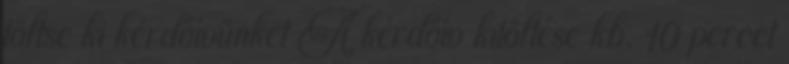
töltse ki kérdőívünket A kérdőív kitöltése kb. 10 percet